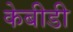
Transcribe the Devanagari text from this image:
केबीडी